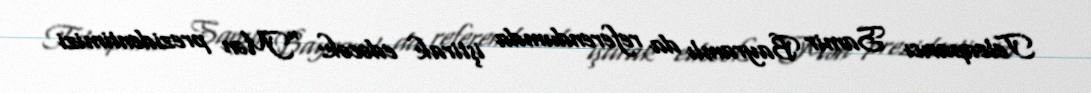
Teleaparıcı Samir Bayramlı da referendumda iştirak edəcək: "Mən prezidentimizi